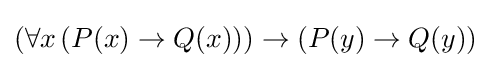
(\forall x\,(P(x)\rightarrow Q(x)))\rightarrow (P(y)\rightarrow Q(y))